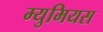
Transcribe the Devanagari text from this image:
म्युमियस